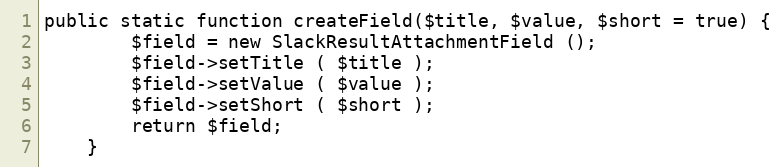
Language: PHP
public static function createField($title, $value, $short = true) {
		$field = new SlackResultAttachmentField ();
		$field->setTitle ( $title );
		$field->setValue ( $value );
		$field->setShort ( $short );
		return $field;
	}